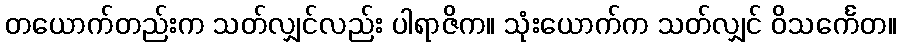
တယောက်တည်းက သတ်လျှင်လည်း ပါရာဇိက။ သုံးယောက်က သတ်လျှင် ဝိသင်္ကေတ။